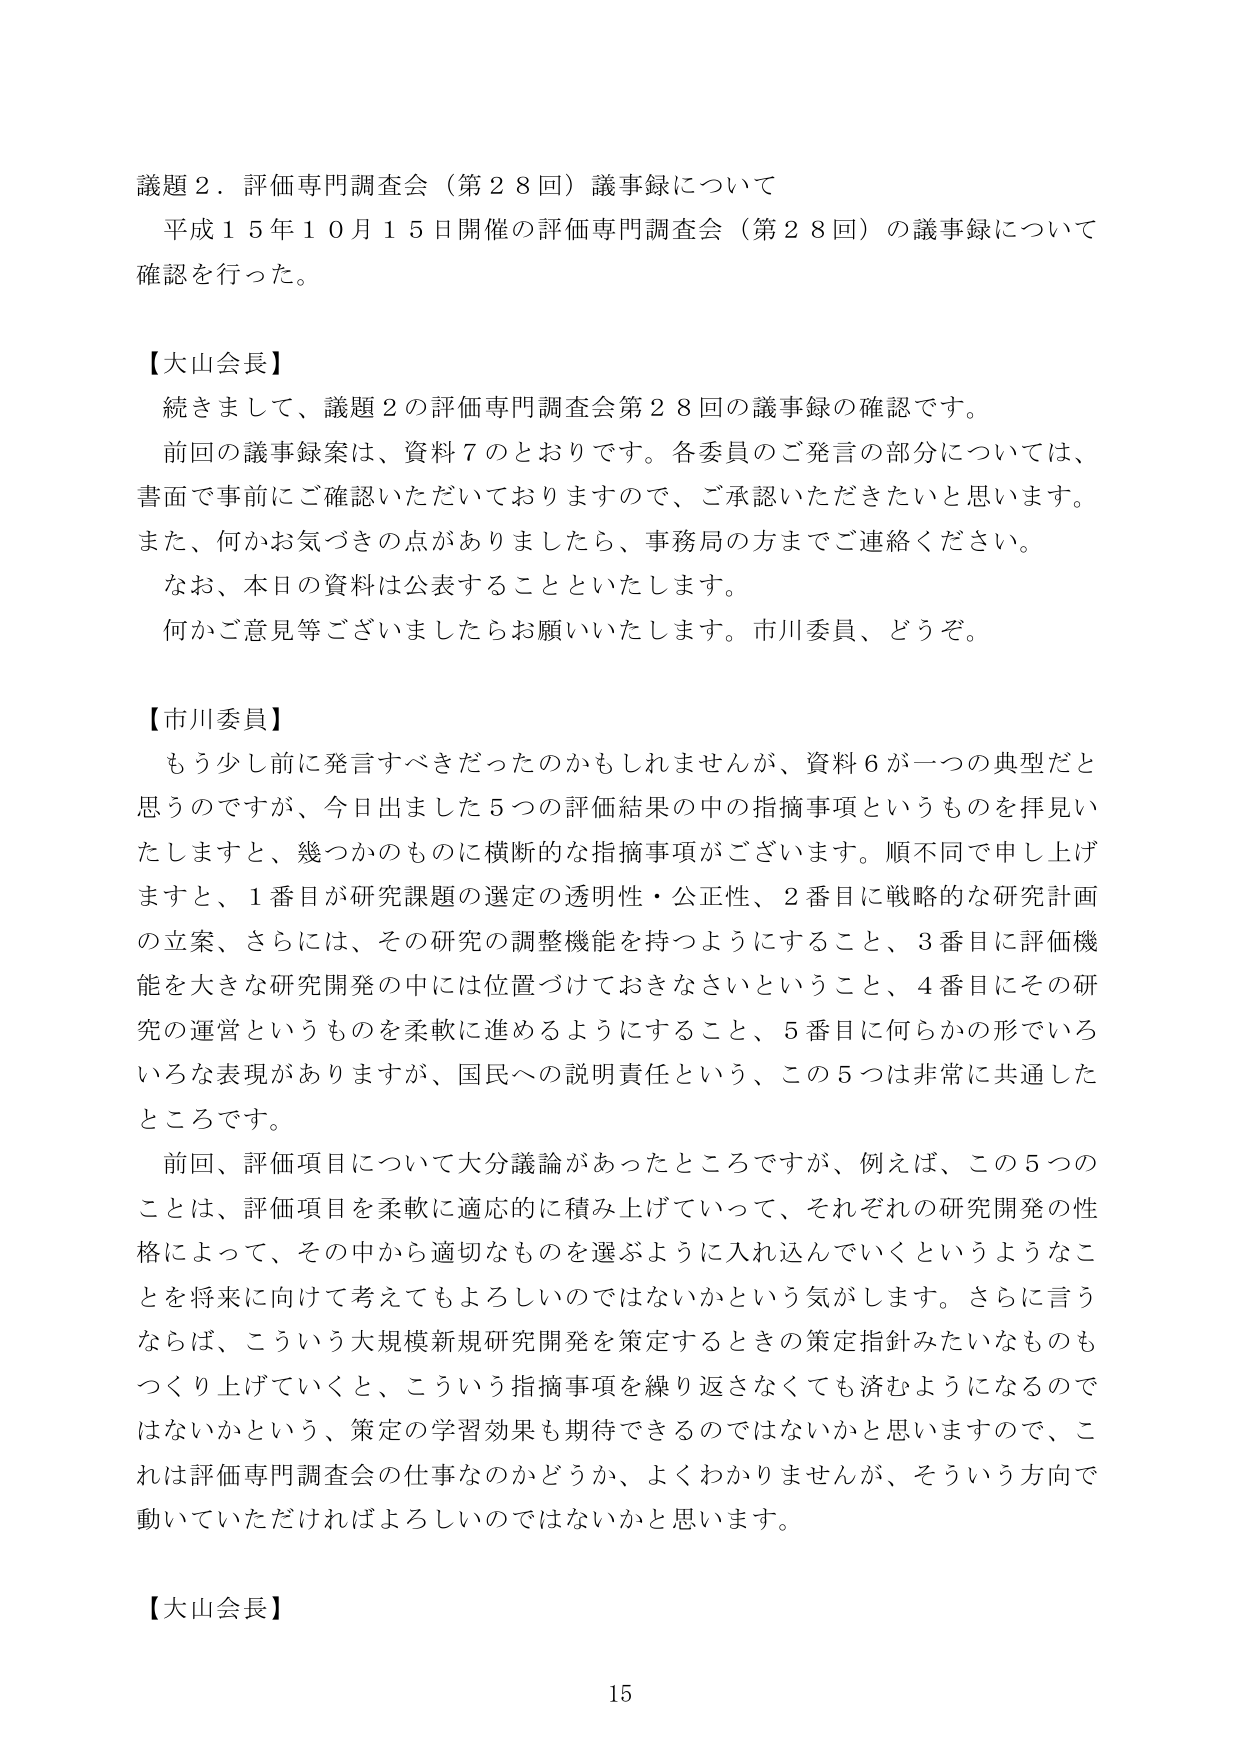
議題２．評価専門調査会（第２８回）議事録について
平成１５年１０月１５日開催の評価専門調査会（第２８回）の議事録について確認を行った。

【大山会長】
続きまして、議題２の評価専門調査会第２８回の議事録の確認です。
前回の議事録案は、資料７のとおりです。各委員のご発言の部分については、書面で事前にご確認いただいておりますので、ご承認いただきたいと思います。また、何かお気づきの点がありましたら、事務局の方までご連絡ください。
なお、本日の資料は公表することといたします。
何かご意見等ございましたらお願いいたします。市川委員、どうぞ。

【市川委員】
もう少し前に発言すべきだったのかもしれませんが、資料６が一つの典型だと思うのですが、今日出ました５つの評価結果の中の指摘事項というものを拝見いたしますと、幾つかのものに横断的な指摘事項がございます。順不同で申し上げますと、１番目が研究課題の選定の透明性・公正性、２番目に戦略的な研究計画の立案、さらには、その研究の調整機能を持つようにすること、３番目に評価機能を大きな研究開発の中には位置づけておきなさいということ、４番目にその研究の運営というものを柔軟に進めるようにすること、５番目に何らかの形でいろいろな表現がありますが、国民への説明責任という、この５つは非常に共通したところです。
前回、評価項目について大分議論があったところですが、例えば、この５つのことは、評価項目を柔軟に適応的に積み上げていって、それぞれの研究開発の性格によって、その中から適切なものを選ぶように入れ込んでいくというようなことを将来に向けて考えてもよろしいのではないかという気がします。さらに言うならば、こういう大規模新規研究開発を策定するときの策定指針みたいなものもつくり上げていくと、こういう指摘事項を繰り返さなくても済むようになるのではないかという、策定の学習効果も期待できるのではないかと思いますので、これは評価専門調査会の仕事なのかどうか、よくわかりませんが、そういう方向で動いていただければよろしいのではないかと思います。

【大山会長】
15